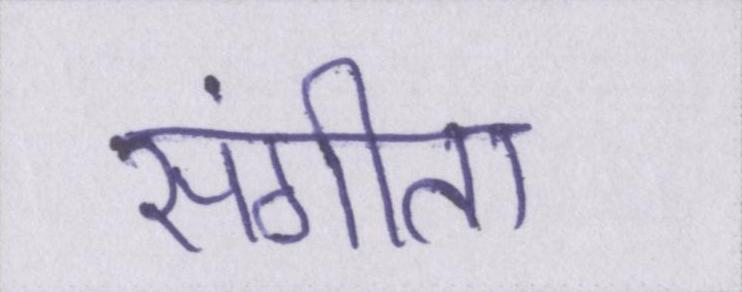
संगीता